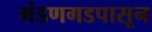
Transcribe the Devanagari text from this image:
मंडणगडपासून